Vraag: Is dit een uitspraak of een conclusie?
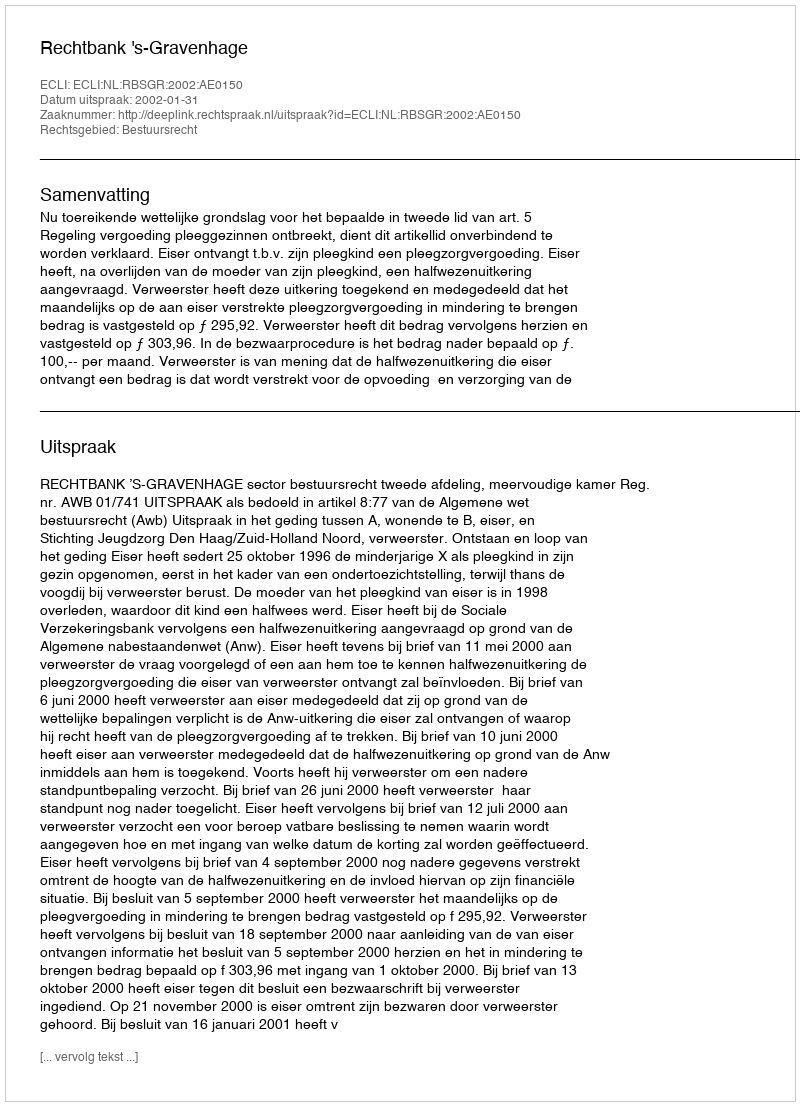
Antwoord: Uitspraak